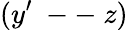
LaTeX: (y^{\prime}\mathrm{~--~}z)